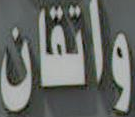
واتقان